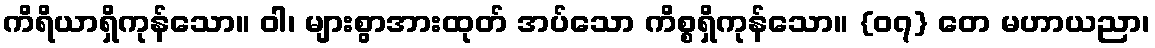
ကိရိယာရှိကုန်သော။ ဝါ၊ များစွာအားထုတ် အပ်သော ကိစ္စရှိကုန်သော။ {၀၇} တေ မဟာယညာ၊